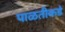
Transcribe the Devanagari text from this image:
पाळतीकडे